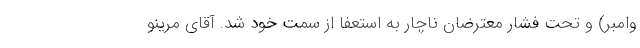
وامبر) و تحت فشار معترضان ناچار به استعفا از سمت خود شد. آقای مرینو